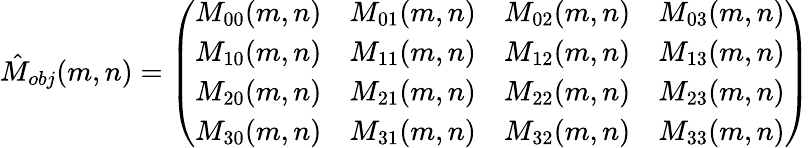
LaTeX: \hat{M}_{obj}(m,n)=\left(\begin{array}{llll}{M_{00}(m,n)}&{M_{01}(m,n)}&{M_{02}(m,n)}&{M_{03}(m,n)}\\ {M_{10}(m,n)}&{M_{11}(m,n)}&{M_{12}(m,n)}&{M_{13}(m,n)}\\ {M_{20}(m,n)}&{M_{21}(m,n)}&{M_{22}(m,n)}&{M_{23}(m,n)}\\ {M_{30}(m,n)}&{M_{31}(m,n)}&{M_{32}(m,n)}&{M_{33}(m,n)}\end{array}\right)